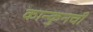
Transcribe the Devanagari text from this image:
कान्कुनची